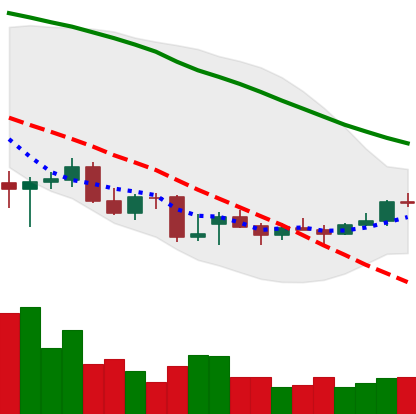
Ticker: ETC-USD
Chart end date: 2021-12-24
Forward return: -8.902%
Label: down_7plus